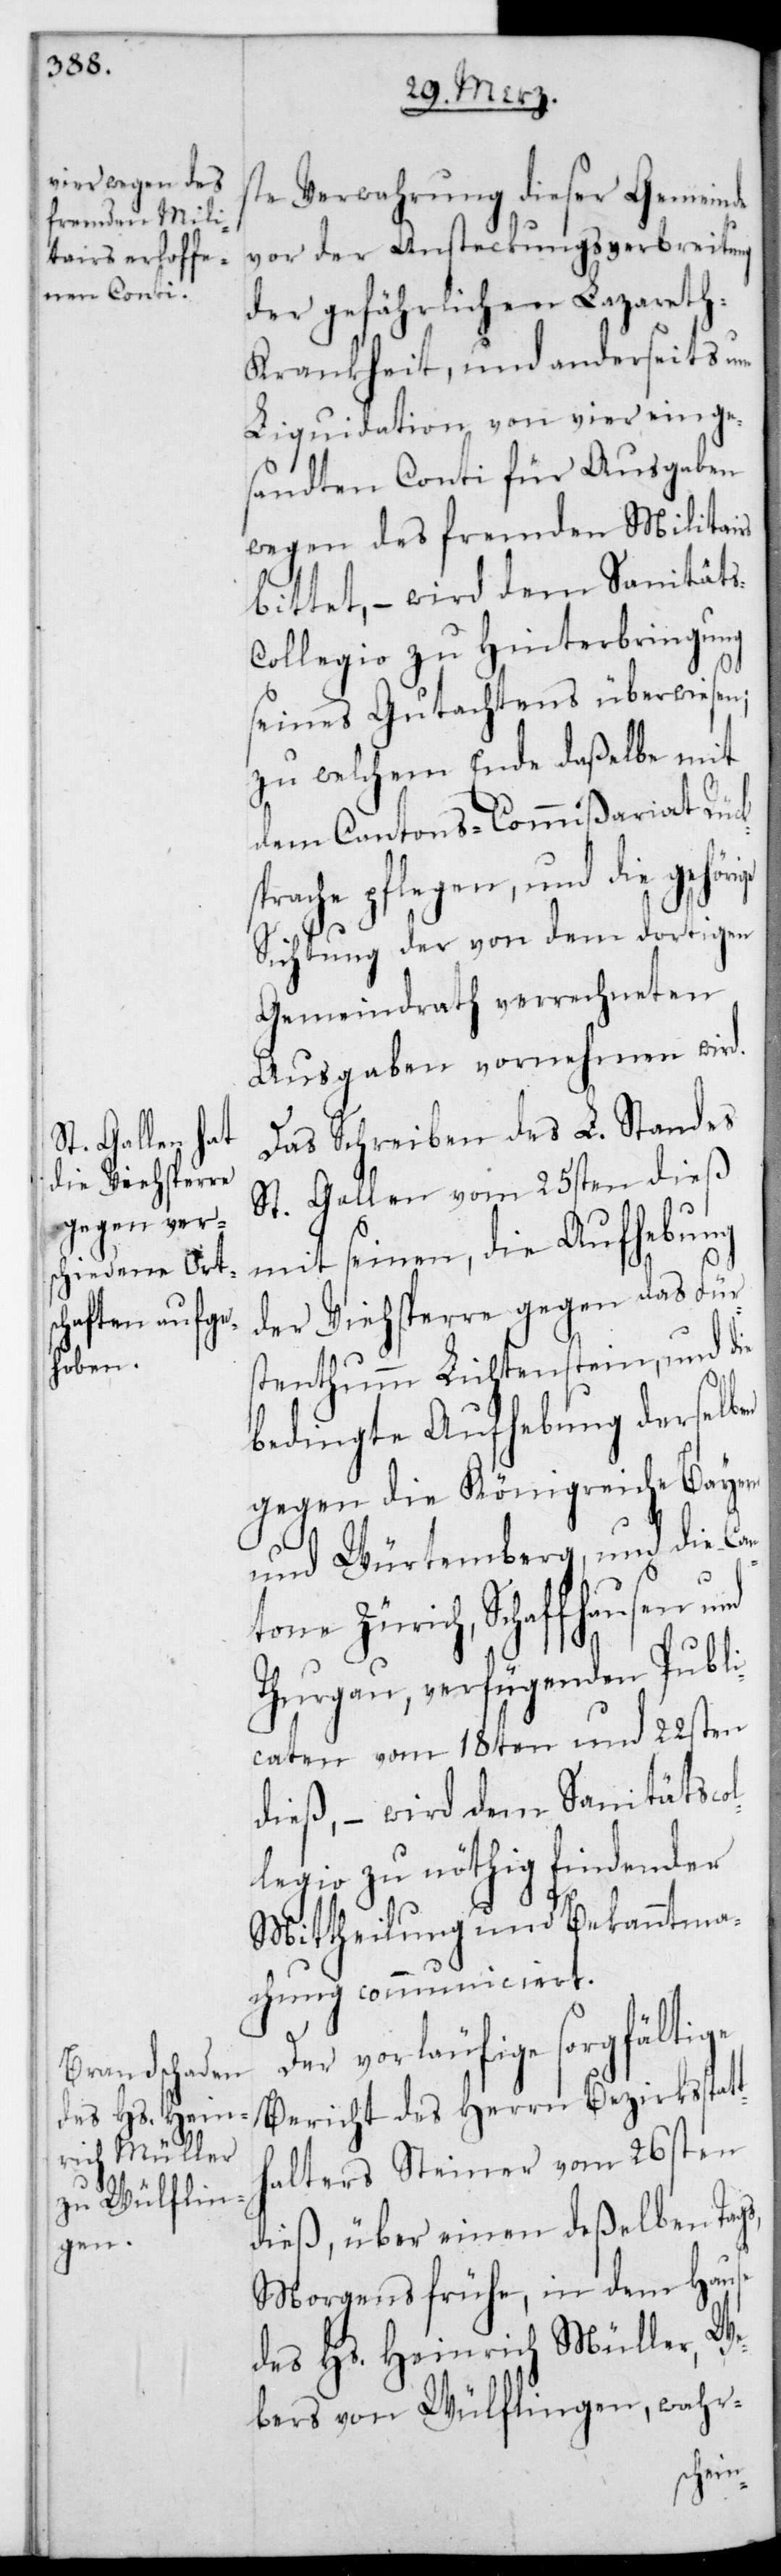
t¬

ste Verwahrung dieser Gemeinde
vor der Ansteckungs-Verbreitung
der gefährlichen Lazareth¬
krankheit, und anderseits um
Liquidation von vier einge¬
sandten Conti für Ausgaben
wegen des fremden Militairs
bittet, – wird dem Sanität¬
ollegio zu Hinterbringung
seines Gutachtens überwiesen;
zu welchem Ende daßelbe mit
dem Cantonscommißariat Rücks¬
prache pflegen, und die gehör¬
Sichtung der von dem dortigen
Gemeindrath verrechneten
Ausgaben vornehmen wird.
Der vorläufige sorgfältige
Bericht des Herrn Bezirksstat¬
halters Steiner vom 26sten
dieß, über einen deßelben Tags,
Morgens frühe, in dem Hause
des Hs. Heinrich Müller, We¬
bers von Wülflingen, wahr-
s-C¬